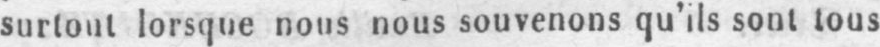
surtout lorsque nous nous souvenons qu’ils sont tous